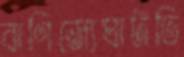
বাণিজ্যেঘাটতি